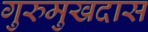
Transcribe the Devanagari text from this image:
गुरुमुखदास